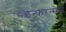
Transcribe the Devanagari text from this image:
इन्फरन्सेस